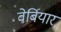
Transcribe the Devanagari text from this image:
वेर्बियार